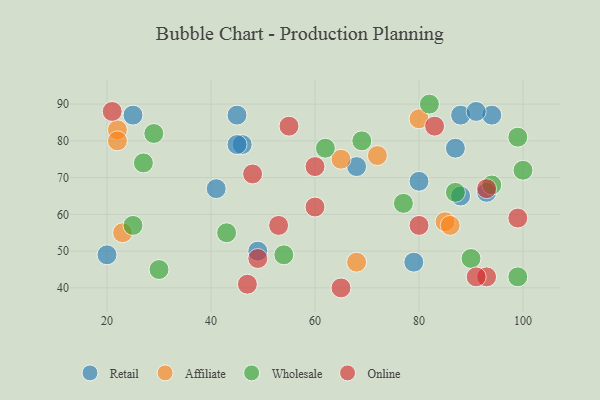
{"axis": {"x": "GDP", "y": "Life Expectancy"}, "legend": ["Affiliate", "Online", "Retail", "Wholesale"], "data": [{"x": "87", "y": 78, "type": "Retail"}, {"x": "25", "y": 87, "type": "Retail"}, {"x": "49", "y": 50, "type": "Retail"}, {"x": "93", "y": 66, "type": "Retail"}, {"x": "68", "y": 73, "type": "Retail"}, {"x": "88", "y": 87, "type": "Retail"}, {"x": "80", "y": 69, "type": "Retail"}, {"x": "94", "y": 87, "type": "Retail"}, {"x": "46", "y": 79, "type": "Retail"}, {"x": "79", "y": 47, "type": "Retail"}, {"x": "20", "y": 49, "type": "Retail"}, {"x": "45", "y": 79, "type": "Retail"}, {"x": "45", "y": 87, "type": "Retail"}, {"x": "91", "y": 88, "type": "Retail"}, {"x": "41", "y": 67, "type": "Retail"}, {"x": "88", "y": 65, "type": "Retail"}, {"x": "80", "y": 86, "type": "Affiliate"}, {"x": "72", "y": 76, "type": "Affiliate"}, {"x": "23", "y": 55, "type": "Affiliate"}, {"x": "85", "y": 58, "type": "Affiliate"}, {"x": "68", "y": 47, "type": "Affiliate"}, {"x": "86", "y": 57, "type": "Affiliate"}, {"x": "22", "y": 83, "type": "Affiliate"}, {"x": "65", "y": 75, "type": "Affiliate"}, {"x": "22", "y": 80, "type": "Affiliate"}, {"x": "99", "y": 81, "type": "Wholesale"}, {"x": "82", "y": 90, "type": "Wholesale"}, {"x": "54", "y": 49, "type": "Wholesale"}, {"x": "99", "y": 43, "type": "Wholesale"}, {"x": "30", "y": 45, "type": "Wholesale"}, {"x": "25", "y": 57, "type": "Wholesale"}, {"x": "43", "y": 55, "type": "Wholesale"}, {"x": "100", "y": 72, "type": "Wholesale"}, {"x": "87", "y": 66, "type": "Wholesale"}, {"x": "69", "y": 80, "type": "Wholesale"}, {"x": "94", "y": 68, "type": "Wholesale"}, {"x": "27", "y": 74, "type": "Wholesale"}, {"x": "29", "y": 82, "type": "Wholesale"}, {"x": "90", "y": 48, "type": "Wholesale"}, {"x": "77", "y": 63, "type": "Wholesale"}, {"x": "62", "y": 78, "type": "Wholesale"}, {"x": "83", "y": 84, "type": "Online"}, {"x": "93", "y": 43, "type": "Online"}, {"x": "48", "y": 71, "type": "Online"}, {"x": "47", "y": 41, "type": "Online"}, {"x": "21", "y": 88, "type": "Online"}, {"x": "53", "y": 57, "type": "Online"}, {"x": "60", "y": 62, "type": "Online"}, {"x": "91", "y": 43, "type": "Online"}, {"x": "80", "y": 57, "type": "Online"}, {"x": "60", "y": 73, "type": "Online"}, {"x": "55", "y": 84, "type": "Online"}, {"x": "65", "y": 40, "type": "Online"}, {"x": "49", "y": 48, "type": "Online"}, {"x": "99", "y": 59, "type": "Online"}, {"x": "93", "y": 67, "type": "Online"}]}